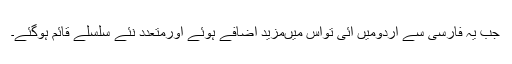
جب یہ فارسی سے اردومیں آئی تواس میںمزید اضافے ہوئے اورمتعدِد نئے سلسلے قائم ہوگئے۔